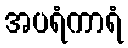
အပရံကာရံ